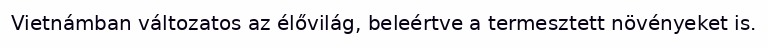
Vietnámban változatos az élővilág, beleértve a termesztett növényeket is.